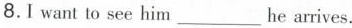
8.I want to see him___he arrives.